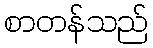
စာတန်သည်